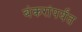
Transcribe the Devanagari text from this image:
बंकरांपर्यंत